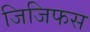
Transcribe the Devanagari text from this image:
जिजिफस